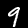
Digit: 9